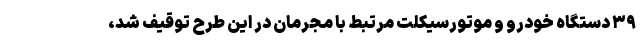
۳۹ دستگاه خودرو و موتورسیکلت مرتبط با مجرمان در این طرح توقیف شد،